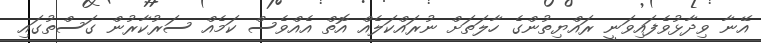
އޭނާ ވިދާޅުވެފައިވަނީ ރައްޔިތުންގެ ހާލަތަށް ނުރައްކަލެއް އޮތް އެއްވެސް ކަމެއް ސަރުކާރުން ގަސްތުގައި